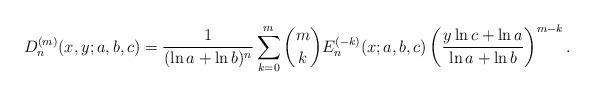
LaTeX: \begin{align*}D^{(m)}_n(x,y;a,b,c)=\frac{1}{(\ln a+\ln b)^n}\sum_{k=0}^m\binom{m}{k}{E}^{(-k)}_n(x;a,b,c)\left(\frac{y\ln c+\ln a}{\ln a +\ln b}\right)^{m-k}.\end{align*}